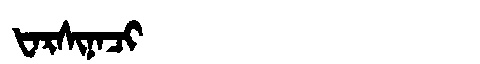
Manchu: ᡶᠠᡵᠰᡳᠨᠠᠴᡳ
Romanization: FARSINACI